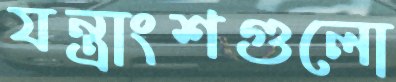
যন্ত্রাংশগুলো